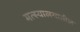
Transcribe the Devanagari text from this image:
मत्स्यालयातील